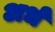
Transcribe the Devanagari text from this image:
अर्धं